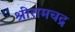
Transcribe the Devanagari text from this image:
श्रीरामचद्र